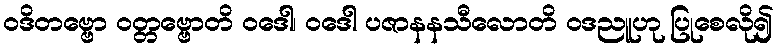
ဝဒိတဗ္ဗော ဝတ္တဗ္ဗောတိ ဝဒေါ၊ ဝဒေါ ပဇာနနသီလောတိ ဝဒညူဟု ပြုစေလို၍